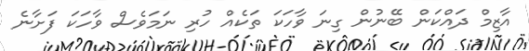
އާޒިމް ދައްކަން ބޭނުން ގިނަ ވާހަކަ ތަކެއް ހުރި ނަމަވެސް ވާހަކަ ފަށާނެ